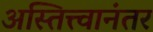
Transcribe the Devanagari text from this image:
अस्तित्त्वानंतर